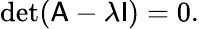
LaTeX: \operatorname*{det}({\mathsf{A}}-\lambda{\mathsf{I}})=0.